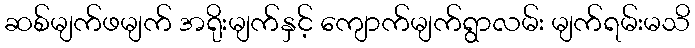
ဆစ်မျက်ဖမျက် အရိုးမျက်နှင့် ကျောက်မျက်ရွာလမ်း မျက်ရမ်းမသိ